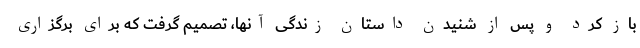
باز کرد و پس از شنیدن داستان زندگی آنها، تصمیم گرفت که برای برگزاری